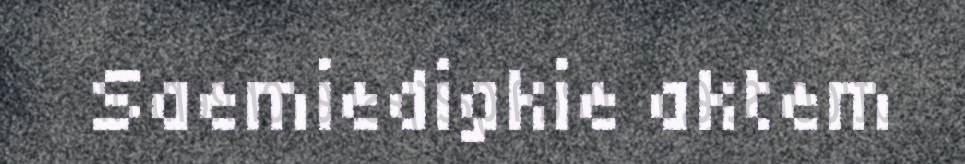
Saemiedigkie aktem